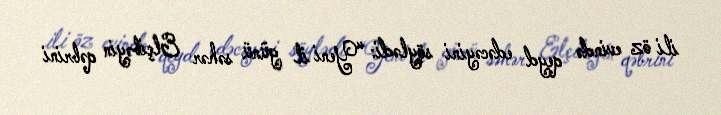
ili öz evində qeyd edəcəyini söylədi: “Yeni il günü səhər Elçibəyin qəbrini